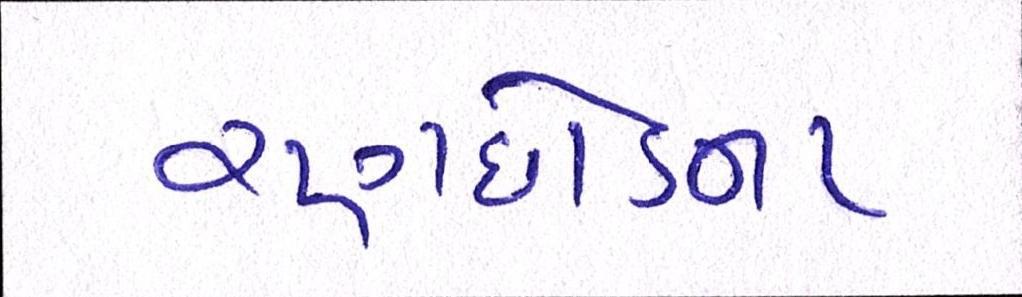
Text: રણછોડના